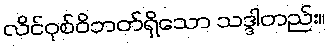
လိင်ဝုစ်ဝိဘတ်ရှိသော သဒ္ဒါတည်း။